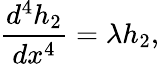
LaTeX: \frac{d^{4}h_{2}}{dx^{4}}=\lambda h_{2},